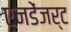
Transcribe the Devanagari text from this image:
एनडेंजर्ट